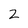
Character: 2